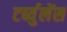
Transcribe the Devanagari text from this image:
टर्ब्युलेंस